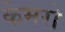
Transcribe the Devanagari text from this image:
केमरो